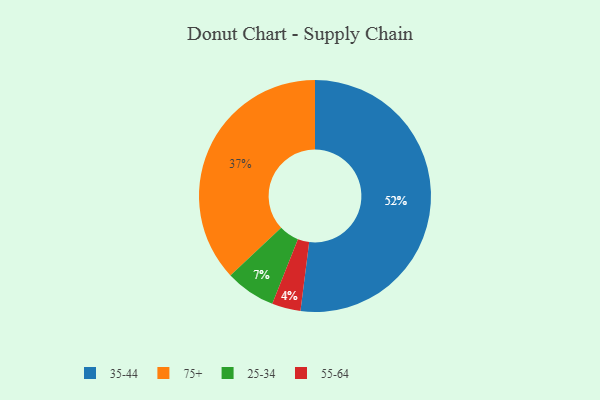
{"axis": {"x": "Category", "y": "Percentage"}, "legend": ["25-34", "35-44", "55-64", "75+"], "data": [{"x": "25-34", "y": 7, "type": "25-34"}, {"x": "35-44", "y": 52, "type": "35-44"}, {"x": "75+", "y": 37, "type": "75+"}, {"x": "55-64", "y": 4, "type": "55-64"}]}